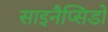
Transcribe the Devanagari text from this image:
साइनैप्सिडों